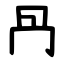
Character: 冎